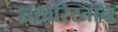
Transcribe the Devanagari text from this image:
शख़रिस्तान